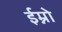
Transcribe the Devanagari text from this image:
ईम्नो